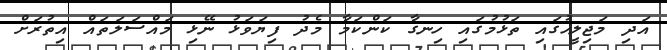
އަދި މަޖިލީހުގައި ތަޅުމުގައި ހިނގާ ކަންކަމާ މެދު ފިޔަވަޅު ނޭޅި މައްސަލަތައް އިތުރަށް